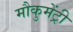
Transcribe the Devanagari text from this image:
मौकुमेंट्री